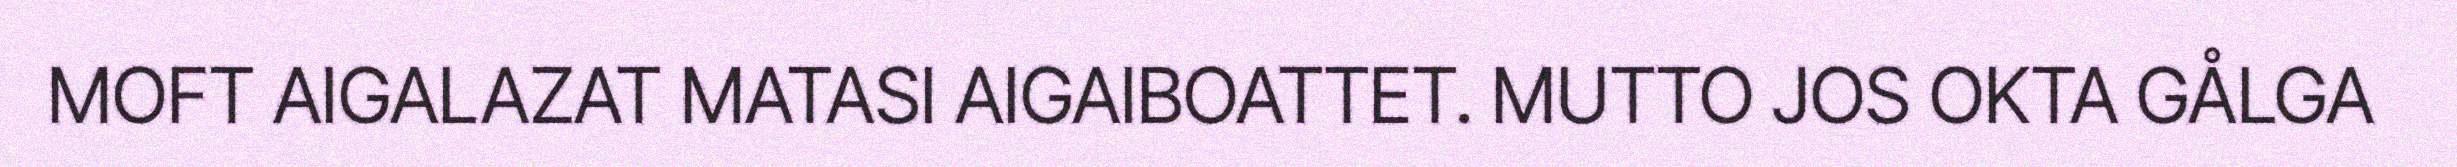
MOFT AIGALAZAT MATASI AIGAIBOATTET. MUTTO JOS OKTA GÅLGA